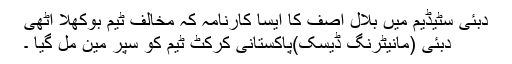
دبئی سٹیڈیم میں بلال آصف کا ایسا کارنامہ کہ مخالف ٹیم بوکھلا اٹھی
دبئی (مانیٹرنگ ڈیسک)پاکستانی کرکٹ ٹیم کو سپر مین مل گیا ۔